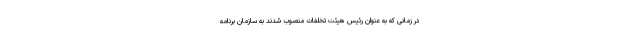
در زمانی که به عنوان رئیس هیئت تخلفات منصوب شدند به سازمان برنامه